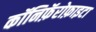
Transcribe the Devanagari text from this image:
कॉनिफ़ॅरोफ़ाइटा